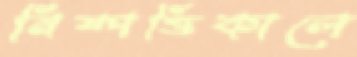
নিষ্পত্তিকালে